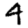
Digit: 4